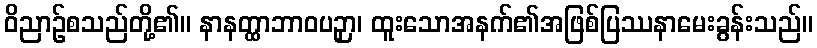
ဝိညာဉ်စသည်တို့၏။ နာနတ္ထာဘာဝပဉှာ၊ ထူးသောအနက်၏အဖြစ်ပြဿနာမေးခွန်းသည်။